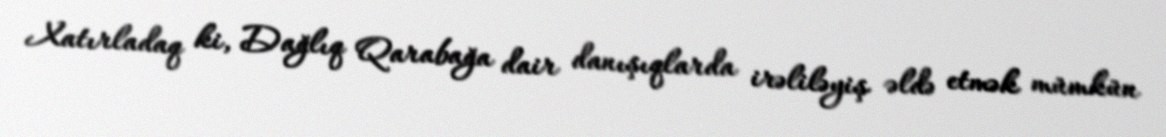
Xatırladaq ki, Dağlıq Qarabağa dair danışıqlarda irəliləyiş əldə etmək mümkün